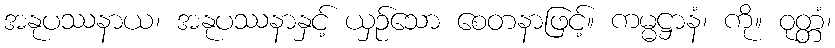
အနုပဿနာယ၊ အနုပဿနာနှင့် ယှဉ်သော စေတနာဖြင့်။ ကမ္မဋ္ဌာနံ၊ ကို။ ဝုတ္တံ၊